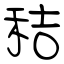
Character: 秸